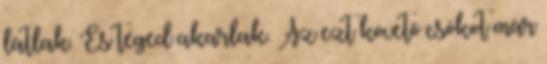
látlak. És téged akarlak. Az ezt követő csókot már